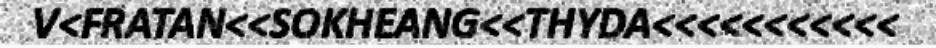
V<FRATAN<<SOKHEANG<<THYDA<<<<<<<<<<<